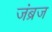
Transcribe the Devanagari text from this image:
जंब्रज